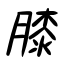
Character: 膝